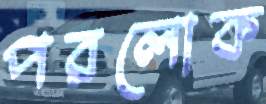
পরলোক